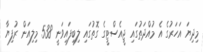
މިދިޔަ އަހަރުގެ އެ މުއްދަތުގައި ޖީއެސްޓީގެ ގޮތުގައި ލިބިފައިވަނީ 538 މިލިއަން ރުފިޔާ